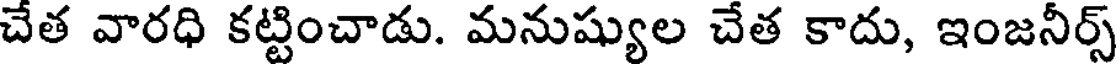
చేత వారధి కట్టించాడు. మనుష్యుల చేత కాదు, ఇంజనీర్స్